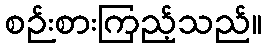
စဉ်းစားကြည့်သည်။